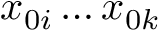
x _ { 0 i } \ldots x _ { 0 k }